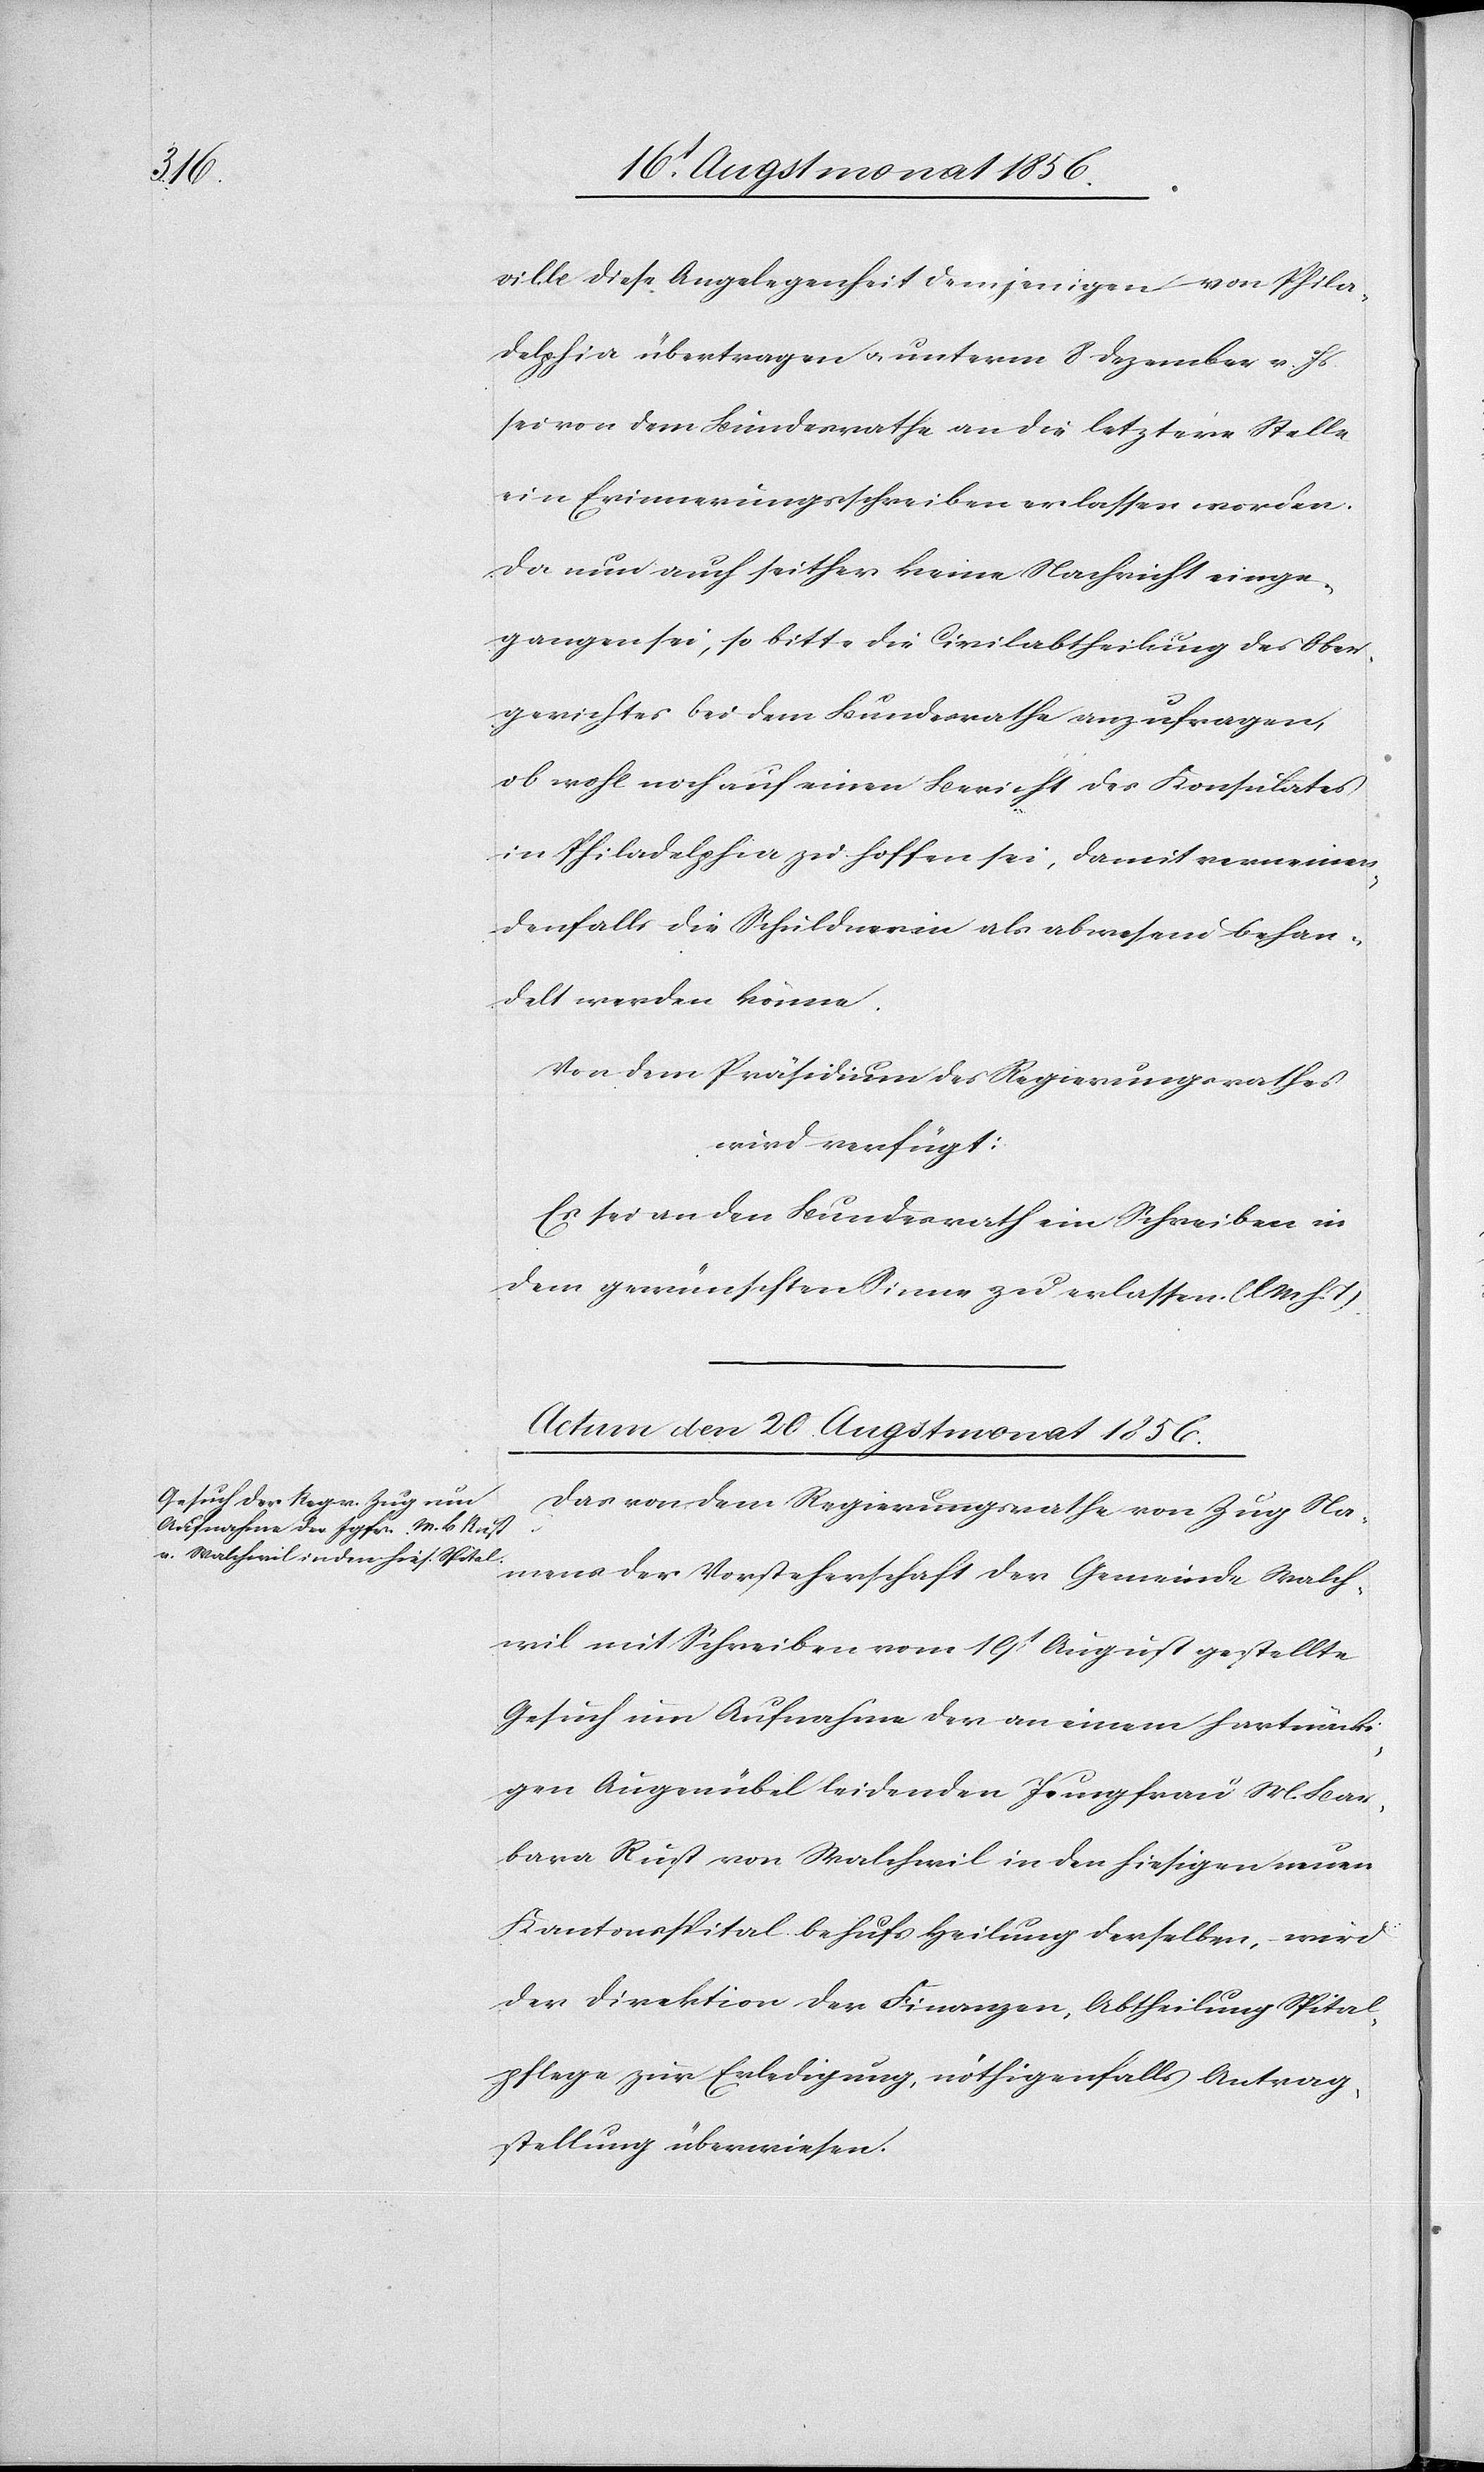
ville diese Angelegenheit demjenigen von Phila¬
delphia übertragen u. unterm 8 Dezember v. Js.
sei von dem Bundesrathe an die letztere Stelle
ein Erinnerungsschreiben erlassen worden.
Da nun auch seither keine Nachricht einge¬
gangen sei, so bitte die Civilabtheilung des Ober¬
gerichtes bei dem Bundesrathe anzufragen,
ob wohl noch auf einen Bericht des Konsulates
in Philadelphia zu hoffen sei, damit verneinen¬
denfalls die Schuldnerin als abwesend behan¬
delt werden könne.
Von dem Präsidium des Regierungsrathes
wird verfügt:
Es sei an den Bundesrath ein Schreiben in
dem gewünschten Sinne zu erlassen. (l M h. T).
Actum den 20. Augstmonat 1856.
Das von dem Regierungsrathe von Zug Na¬
mens der Vorsteherschaft der Gemeinde Walch¬
wil mit Schreiben vom 19t August gestellte
Gesuch um Aufnahme der an einem hartnäck¬
igen Augenübel leidenden Jungfrau M. Bar¬
bara Rust von Walchwil in den hiesigen neuen
Kantonsspital behufs Heilung derselben, wird
der Direktion der Finanzen, Abtheilung Spital¬
pflege zur Erledigung, nöthigenfalls Antrag¬
stellung überwiesen.